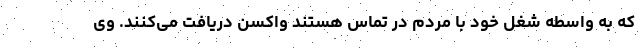
که به واسطه شغل خود با مردم در تماس هستند واکسن دریافت می‌کنند. وی